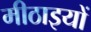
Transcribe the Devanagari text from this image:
मीठाइयों